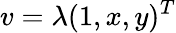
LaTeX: v=\lambda(1,x,y)^{T}